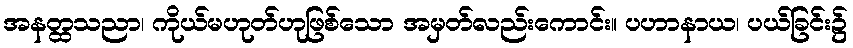
အနတ္ထသညာ၊ ကိုယ်မဟုတ်ဟုဖြစ်သော အမှတ်လည်းကောင်း။ ပဟာနာယ၊ ပယ်ခြင်း၌